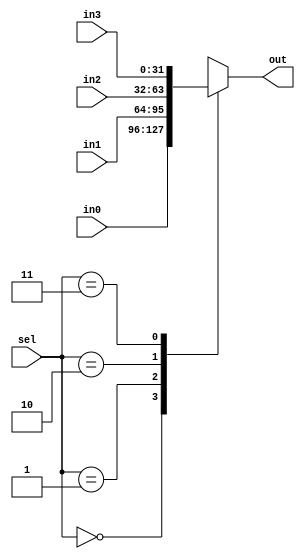
// 2016.06.21
// Project      : SIDE MIPS
//(Single Instruction Issue Dynamic Schedule Out-of-order execution  MIPS Processor)
// Creator(s)   : Yang, Yu-Xiang (M10412034@yuntech.edu.tw)
// 
//
//
//  Description: 
//  
//
module Mux4 #(parameter WIDTH = 32)(
input[1:0]sel,
input[(WIDTH-1):0]in0,in1,in2,in3,
output reg[(WIDTH-1):0] out
);

always@(*)
	begin
		case(sel)
		2'b00:out=in0;
		2'b01:out=in1;
		2'b10:out=in2;
		2'b11:out=in3;
		endcase
	end

endmodule